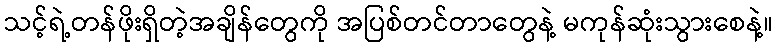
သင့်ရဲ့တန်ဖိုးရှိတဲ့အချိန်တွေကို အပြစ်တင်တာတွေနဲ့ မကုန်ဆုံးသွားစေနဲ့။